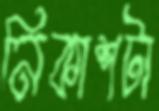
নিকাশটা